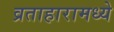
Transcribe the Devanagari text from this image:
व्रताहारामध्ये